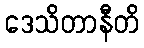
ဒေသိတာနီတိ